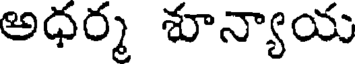
అధర్మ శూన్యాయ